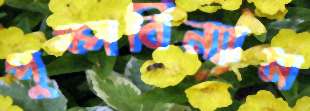
পুষ্পবিন্যাস